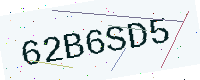
Text: 62B6SD5